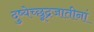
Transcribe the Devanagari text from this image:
दुष्येच्छूद्रजातीनां